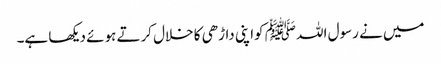
میں نے رسول اللہ ﷺ کواپنی داڑھی کا خلال کرتے ہوئے دیکھا ہے۔